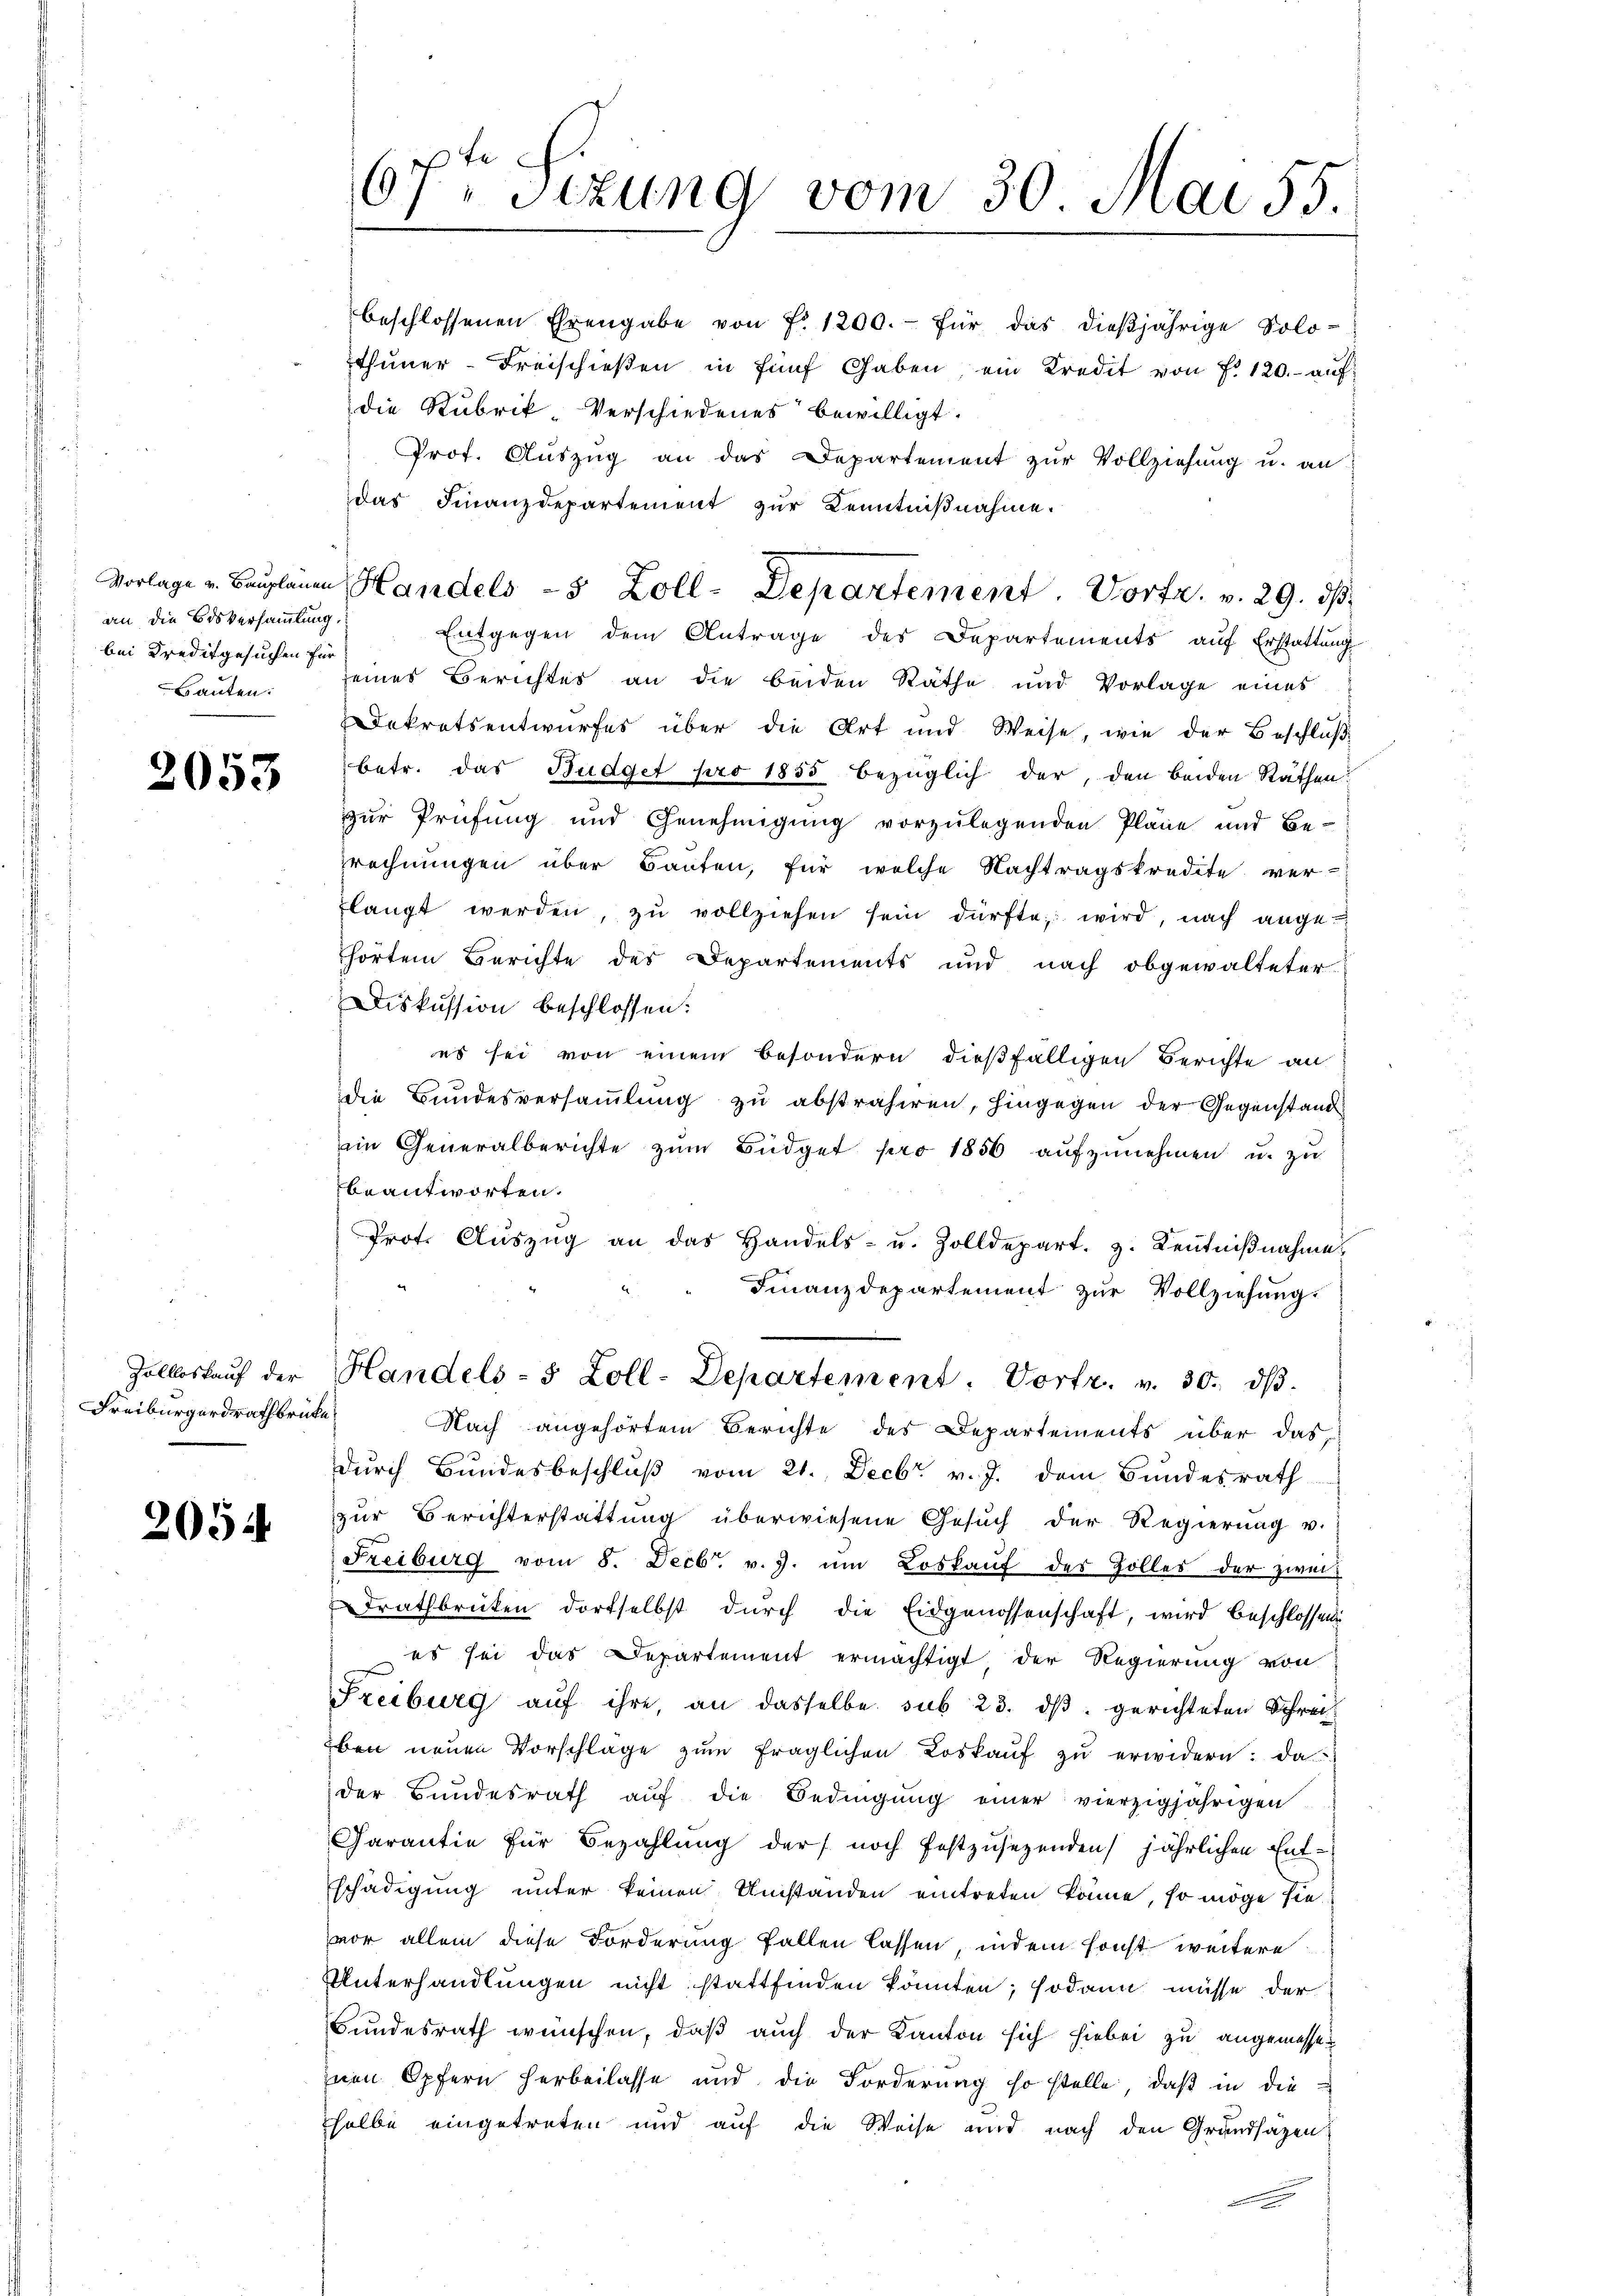
an die Bisversammlung.
bei Kreditgesuchen für
Bauten:

2053

Zollloskauf der
Freiburgerdrathbrücke

2054

67ten Sizung vom 30. Mai 55.

Prof. Aŭszŭg an das Departement zŭr Vollziehung u. an
das Finanzdepartement zur Kenntnißnahme.
Entgegen dem Antrage des Departements aŭf Erstattŭng
seines Berichtes an die beiden Räthe und Vorlage eines
Dekretsentwurfes über die Art und Weise, wie der Beschluß
betr. das Budget pro 1855 bezüglich der, den beiden Räthen
zur Prüfung und Genehmigung vorzulegenden Pläne und Be-
rechnungen über Bauten, für welche Nachtragskredite ver-
langt werden, zŭ vollziehen sein dürfte; wird, nach ange-
thörtem Berichte des Departements und nach obgewalteter
Diskussion beschlossen:
es sei von einem besondern dießfälligen Berichte an
die Bundesversammlung zu abstrahiren, hingegen der Gegenstand
im Generalberichte zŭm Büdget pro 1856 aufzunehmen u. zu
beantworten.
Prot. Aŭszŭg an das Handels- u. Zolldepart. 3. Kenntniβnahme
Finanzdepartement zur Vollziehung.
Handels- 5 Zoll-Departement. Vortr. v. 30. dβ.
Nach angehörtem Berichte des Departements über das
durch Bundesbeschluß vom 21. Decbr. v. J. dem Bundesrath
zur Berichterstattung überwiesene Gesŭch der Regierŭng u.
Freiburg vom 8. Decbr. v. J. um Loskaŭf des Zolles der zwei-
drathbrücken dortselbst dŭrch die Eidgenossenschaft, wird beschlossen
es sei das Departement ermächtigt, der Regierung von
Freiburg aŭf ihre, an dasselbe sub 23. dβ. gerichteten Schreiben neuen Vorschläge zum fraglichen Loskauf zu erwidern: da
der Bundesrath aŭf die Bedingŭng einer vierzigjährigen
Carantie für Bezahlung der noch festzusezenden jährlichen Ent-
schädigung unter keinen Umstanden eintreten könne, so möge sie
vor allein diese Forderung fallen lassen, indem sonst weitere
Unterhandlungen nicht stattfinden könnten; sodann müsse der
Bundesrath wünschen, daß auch der Kanton sich hiebei zu angemessen
inen Opfern herbeilasse und die Forderung so stelle, daß in die
selbe eingetreten und auf die Weise und nach den Grandsätzen:

beschlossenen Ehrengabe von Fr. 1200.- für das dieβjährige Solo-
thuner-Freischieβen in fünf Gaben, ein Kredit von Fr. 120.- auf
die Rubrik Verschiedenes bewilligt.

Vorlage u. Baŭplanen Handels - 5 Zoll-Departement. Vortr. v. 29. dβ.